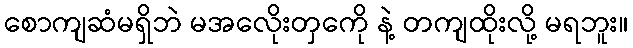
စောကျဆံမရှိဘဲ မအလေိုးတှကေို နဲ့ တကျထိုးလို့ မရဘူး။